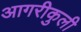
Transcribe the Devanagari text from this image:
आगरीकुली